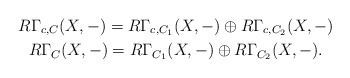
\begin{gather*}R\Gamma_{c,C}(X,- )= R\Gamma_{c,C_1}(X,-) \oplus R\Gamma_{c,C_2}(X,-) \\ R\Gamma_{C}(X,- )= R\Gamma_{C_1}(X,-) \oplus R\Gamma_{C_2}(X,-). \end{gather*}